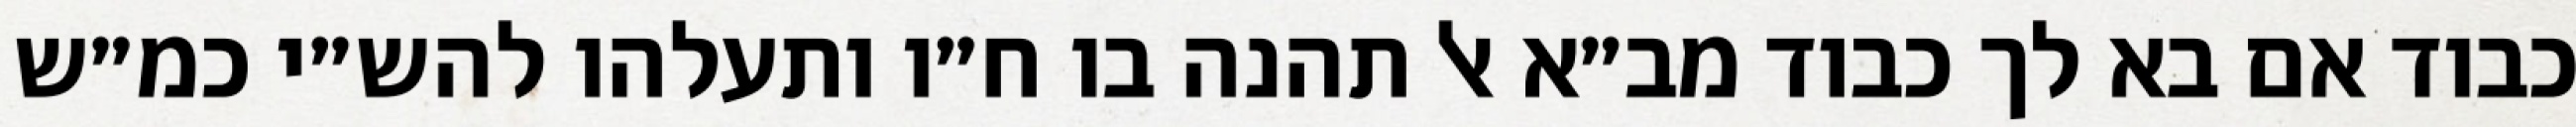
כבוד אם בא לך כבוד מב״א אל תהנה בו ח״ו ותעלהו להש״י כמ״ש